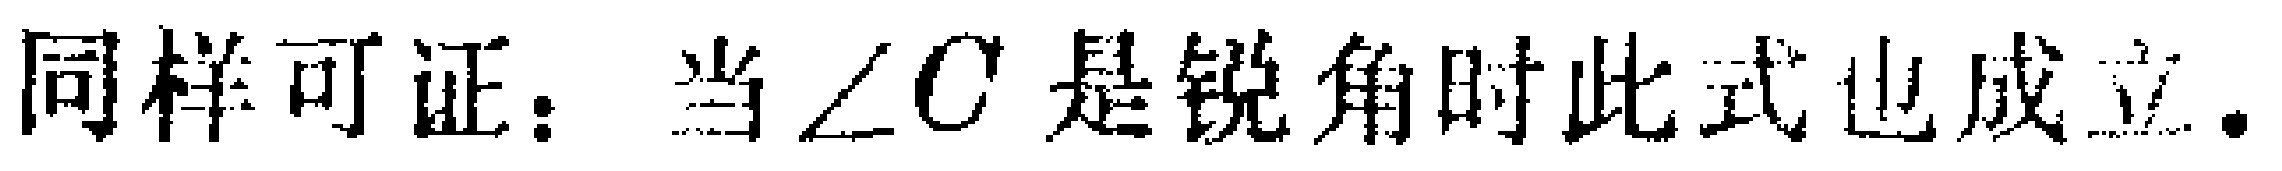
同样可证：当$\angle C$是锐角时此式也成立.